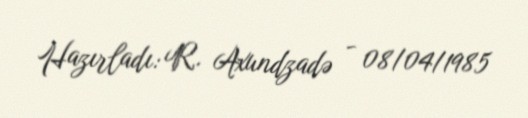
Hazırladı: R. Axundzadə - 08/04/1985